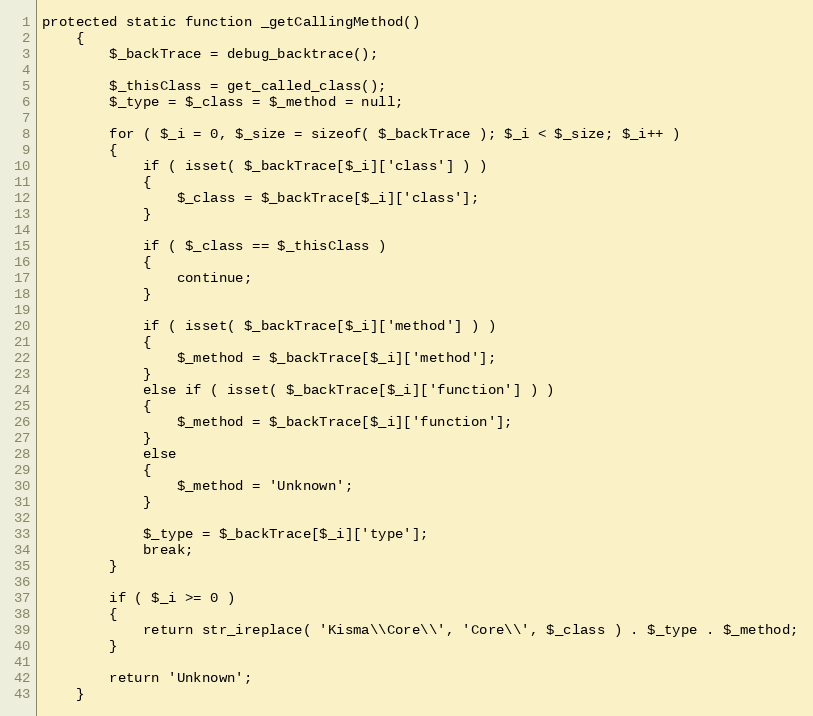
Language: PHP
protected static function _getCallingMethod()
    {
        $_backTrace = debug_backtrace();

        $_thisClass = get_called_class();
        $_type = $_class = $_method = null;

        for ( $_i = 0, $_size = sizeof( $_backTrace ); $_i < $_size; $_i++ )
        {
            if ( isset( $_backTrace[$_i]['class'] ) )
            {
                $_class = $_backTrace[$_i]['class'];
            }

            if ( $_class == $_thisClass )
            {
                continue;
            }

            if ( isset( $_backTrace[$_i]['method'] ) )
            {
                $_method = $_backTrace[$_i]['method'];
            }
            else if ( isset( $_backTrace[$_i]['function'] ) )
            {
                $_method = $_backTrace[$_i]['function'];
            }
            else
            {
                $_method = 'Unknown';
            }

            $_type = $_backTrace[$_i]['type'];
            break;
        }

        if ( $_i >= 0 )
        {
            return str_ireplace( 'Kisma\\Core\\', 'Core\\', $_class ) . $_type . $_method;
        }

        return 'Unknown';
    }